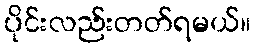
ပိုင်းလည်းတတ်ရမယ်။